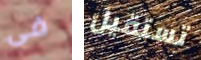
فى تستقيل